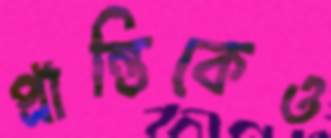
প্রান্তিকেও